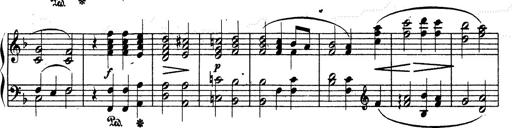
Title: Ave Maria d' Arcadelt
Composer: Franz Liszt